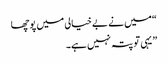
“میں نے بے خیالی میں پوچھا
” یہی تو پتہ نہیں ہے۔